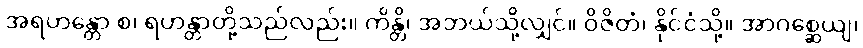
အရဟန္တော စ၊ ရဟန္တာတို့သည်လည်း။ ကိန္တိ၊ အဘယ်သို့လျှင်။ ဝိဇိတံ၊ နိုင်ငံသို့။ အာဂစ္ဆေယျ၊